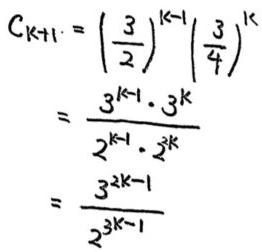
\[
\begin{align*}
C_{k + 1}&=\left(\frac{3}{2}\right)^{k - 1}\left(\frac{3}{4}\right)^{k}\\
&=\frac{3^{k - 1}\cdot3^{k}}{2^{k - 1}\cdot2^{2k}}\\
&=\frac{3^{2k - 1}}{2^{3k - 1}}
\end{align*}
\]